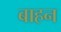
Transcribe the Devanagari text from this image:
बाहन